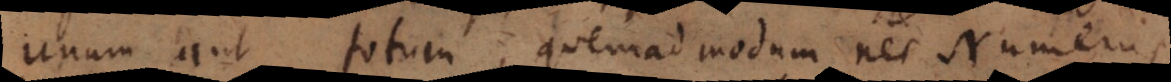
unum aut totum, quemadmodum nec Numerus